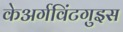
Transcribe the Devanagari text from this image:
केअर्गविंटगुइस